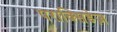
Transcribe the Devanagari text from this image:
पराक्सिडेज़